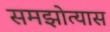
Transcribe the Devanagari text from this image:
समझोत्यास